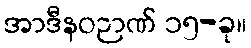
အာဒီနဝဉာဏ် ၁၅-ခု။